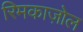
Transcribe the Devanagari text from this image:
रिमकाज़ोल